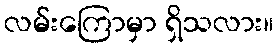
လမ်းကြောမှာ ရှိသလား။